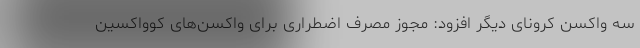
سه واکسن کرونای دیگر افزود: مجوز مصرف اضطراری برای واکسن‌های کوواکسین